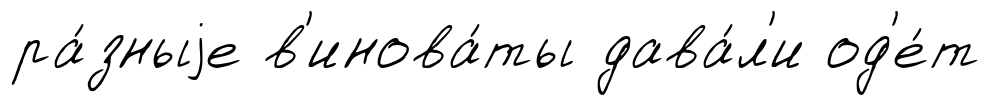
ра́зныjе в'инова́ты дава́л'и од'е́т